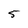
Character: 5